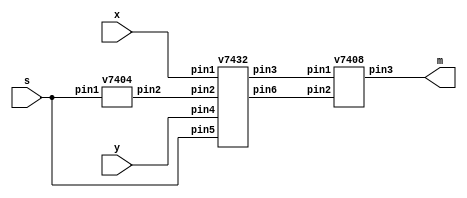
// Verilog program for a 2-to-1 mux using the 7404 (NOT), 7432 (OR), and 7408 (AND) gates 

module mux2to1 (x, y, s, m);
    input x; //select 0
    input y; //select 1
    input s; //select signal
    output m; //output

wire w1, w2, w3;

// instantiating the first module
v7404 U1 (.pin1(s), .pin2(w1));

// instantiating the second module
v7432 U2 (.pin1(x), .pin2(w1), .pin3(w2), .pin4(y), .pin5(s), .pin6(w3));

// instantiating the third module
v7408 U3 (.pin1(w2), .pin2(w3), .pin3(m));

endmodule // mux2to1

// declaring the module for the NOT gate
module v7404 (input pin1, pin3, pin5, pin9, pin11, pin13,
			  output pin2, pin4, pin6, pin8, pin10, pin12);

assign pin2 = !pin1;
assign pin4 = !pin3;
assign pin6 = !pin5;
assign pin8 = !pin9;
assign pin10 = !pin11;
assign pin12 = !pin13;

endmodule // v7404 

// declaring the module for the OR gate
module v7432 (input pin1, pin2, pin4, pin5, pin13, pin12, pin10, pin9,
			  output pin3, pin6, pin11, pin8);

assign pin3 = pin1 | pin2;
assign pin6 = pin4 | pin5;
assign pin11 = pin13 | pin12;
assign pin8 = pin10 | pin11;

endmodule // v7432

// declaring the module for the AND gate
module v7408 (input pin1, pin2, pin4, pin5, pin13, pin12, pin10, pin9,
			  output pin3, pin6, pin11, pin8);

assign pin3 = pin1 & pin2;
assign pin6 = pin4 & pin5;
assign pin11 = pin13 & pin12;
assign pin8 = pin10 & pin11;

endmodule // v7408